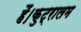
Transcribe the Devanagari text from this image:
हैं।कुट्रालम